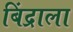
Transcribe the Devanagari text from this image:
बिंद्राला